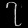
Digit: ၇